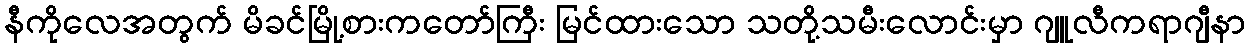
နီကိုလေအတွက် မိခင်မြို့စားကတော်ကြီး မြင်ထားသော သတို့သမီးလောင်းမှာ ဂျူလီကရာဂျီနာ